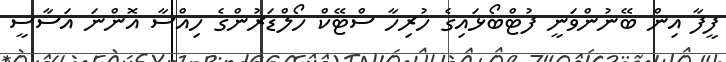
ފީފާ އިން ބޭނުންވަނީ ފުޓްބޯޅައިގެ ހުރިހާ ސްޓޭކް ހޯލްޑަރުންގެ ހިއްސާ އޮންނަ އަސާސީ